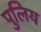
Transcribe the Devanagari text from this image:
पुलिय